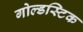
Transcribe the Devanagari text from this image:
गोल्डस्टिक